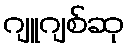
ဂျူဂျစ်ဆု